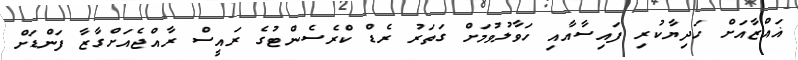
ޣައްޒާއަށް ހަދިޔާކުރި ފައިސާއާއި ހަވާލުވުމަށް ގަތަރު ރެޑް ކްރެސެންޓުގެ ރައީސް ރާއްޖެއަށްގާޒާ ފަންޑަށް